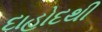
દાહોદથી